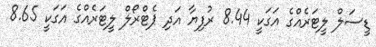
ޑީސަލް ލީޓަރެއްގެ އަގަކީ 8.44 ރުފިޔާ އަދި ޕެޓްރޯލް ލީޓަރެއްގެ އަގަކީ 8.65